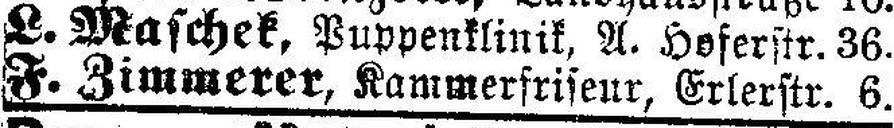
L. Maschek, Puppenklinik, A. Hoferstr. 36.